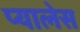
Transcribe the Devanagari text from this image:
प्यालेस